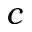
\displaystyle c